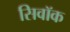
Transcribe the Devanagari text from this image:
सिवॉक